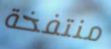
منتفخة